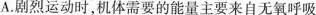
A.剧烈运动时，机体需要的能量主要来自无氧呼吸